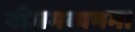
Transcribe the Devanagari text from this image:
बीजमव्ययम।